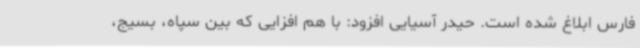
فارس ابلاغ شده است. حیدر آسیایی افزود: با هم افزایی که بین سپاه، بسیج،